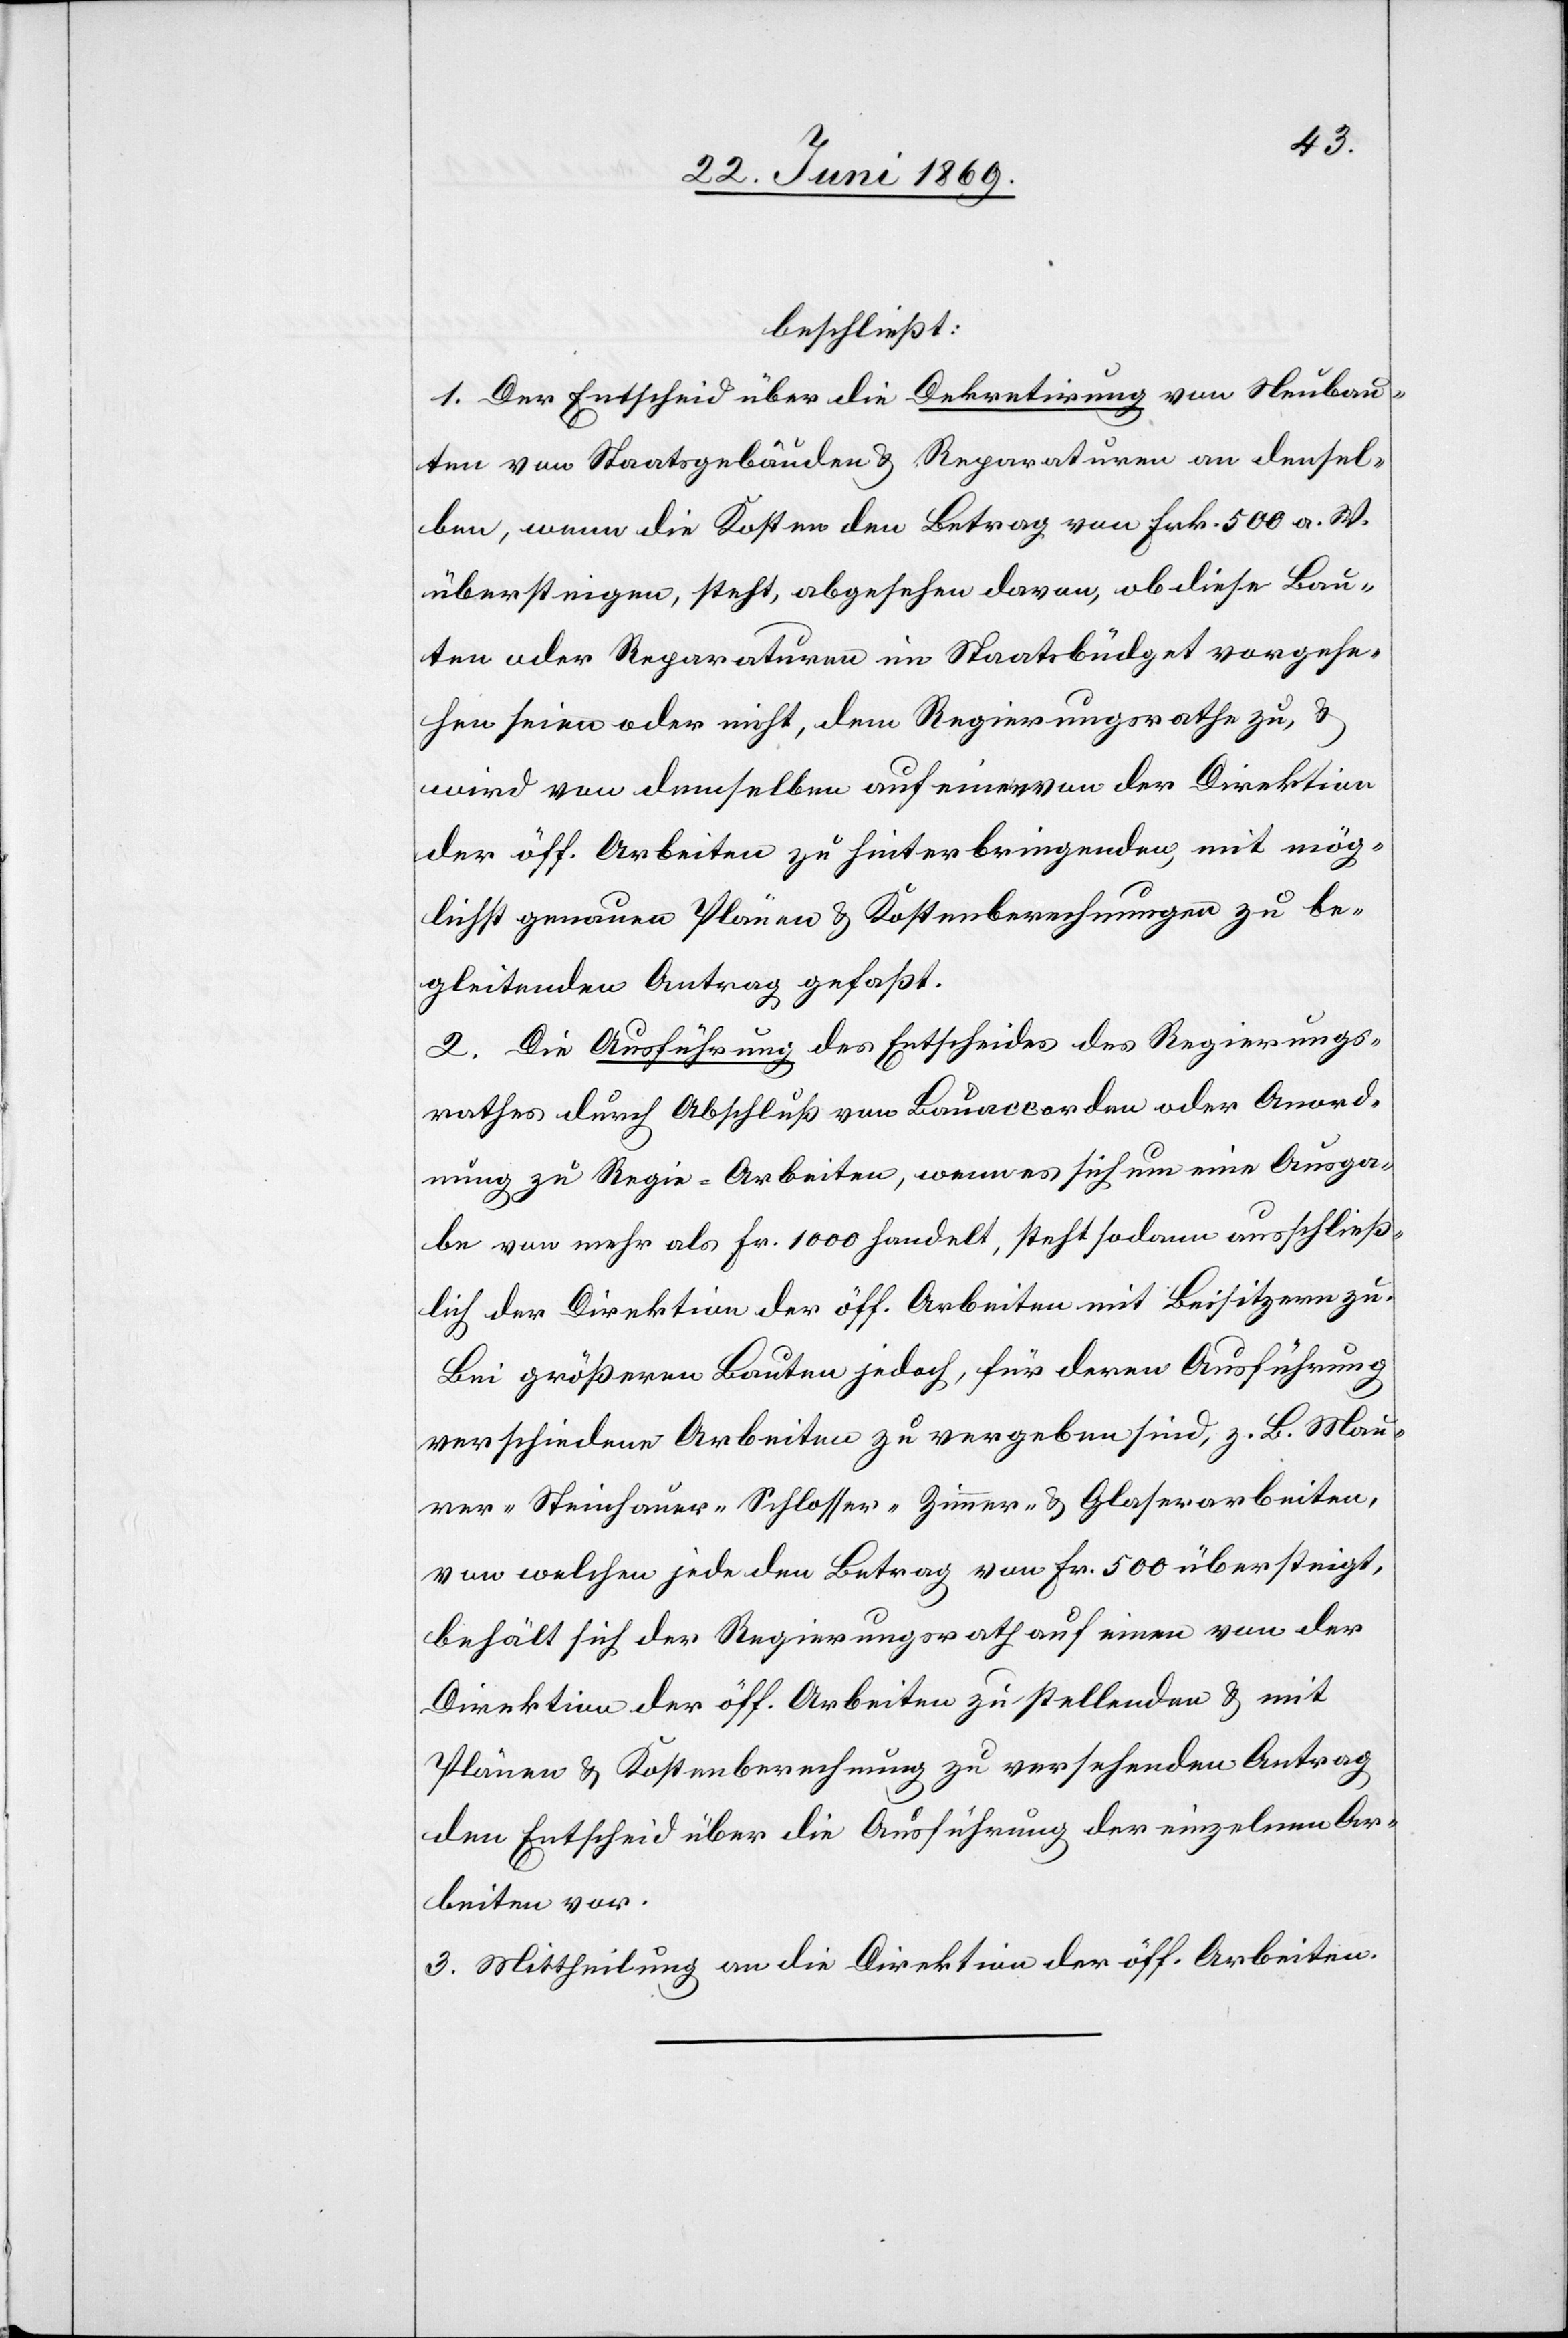
beschließt:
1. Der Entscheid über die Dekretirung von Neubau¬
ten von Staatsgebäuden u. Reparaturen an densel¬
ben, wenn die Kosten den Betrag von Frk. 500 a. W.
übersteigen, steht, abgesehen davon, ob diese Bau¬
ten oder Reparaturen im Staatsbüdget vorgese¬
hen seien oder nicht, dem Regierungsrathe zu, u.
wird von demselben auf einen von der Direktion
der öff. Arbeiten zu hinterbringenden, mit mög¬
lichst genauen Plänen u. Kostenberechnungen zu be¬
gleitenden Antrag gefaßt.
2. Die Ausführung des Entscheides des Regierungs¬
rathes durch Abschluß von Bauaccorden oder Anord¬
nung zu Regie-Arbeiten, wenn es sich um eine Ausga¬
be von mehr als Fr. 1000 handelt, steht sodann ausschließ¬
lich der Direktion der öff. Arbeiten mit Beisitzern zu.
Bei größeren Bauten jedoch, für deren Ausführung
verschiedene Arbeiten zu vergeben sind, z. B. Mau¬
rer- Steinhauer- Schlosser- Zimmer- u. Glaserarbeiten,
von welchen jede den Betrag von Fr. 500 übersteigt,
behält sich der Regierungsrath auf einen von der
Direktion der öff. Arbeiten zu stellenden u. mit
Plänen u. Kostenberechnung zu versehenden Antrag
den Entscheid über die Ausführung der einzelnen Ar¬
beiten vor.
3. Mittheilung an die Direktion der öff. Arbeiten.